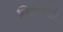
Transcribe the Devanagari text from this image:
लिहणारेही